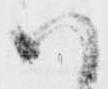
ハ